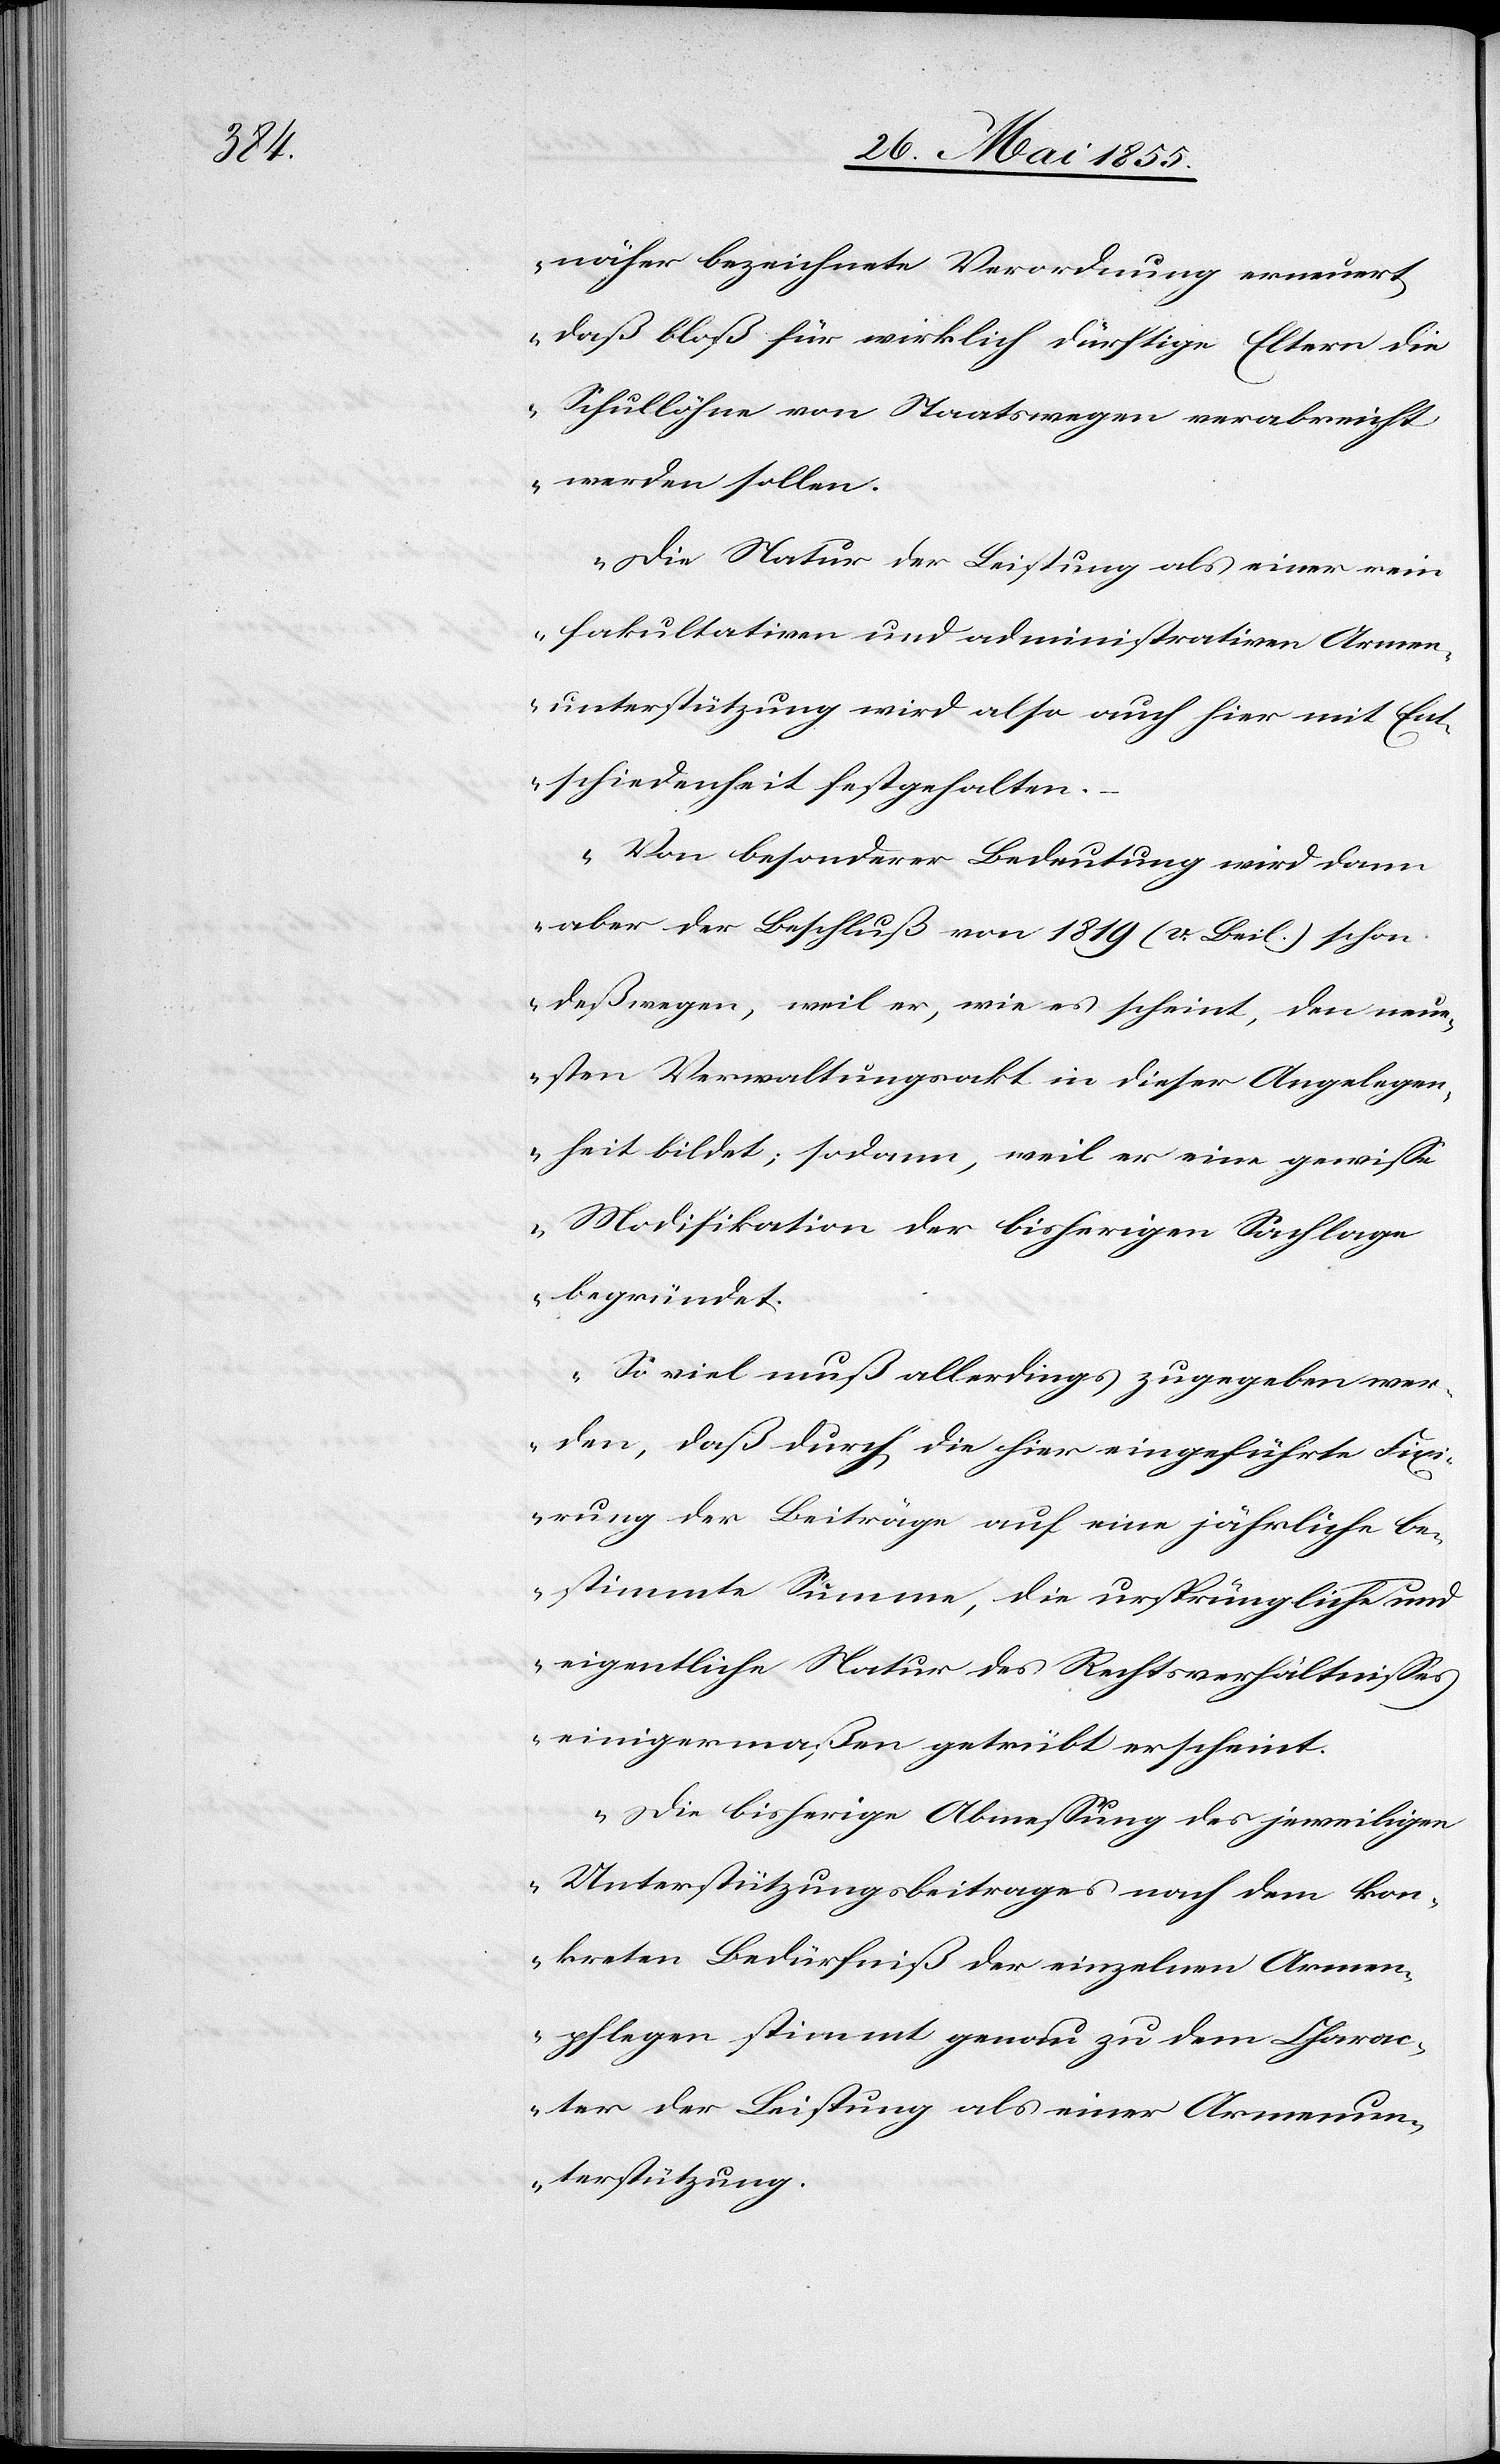
näher bezeichnete Verordnung erneuert,
daß bloß für wirklich dürftige Eltern die
Schullöhne von Staatswegen verabreicht
werden sollen.
Die Natur der Leistung als einer rein
fakultativen und administrativen Armen¬
unterstützung wird also auch hier mit Ent¬
schiedenheit festgehalten.
–
Von besonderer Bedeutung wird dann
aber der Beschluß von 1819 (v. Beil.) schon
deßwegen, weil er, wie es scheint, den neue¬
sten Verwaltungsakt in dieser Angelegen¬
heit bildet; sodann, weil er eine gewisse
Modifikation der bisherigen Sachlage
begründet.
So viel muß allerdings zugegeben wer¬
den, daß durch die hier eingeführte Fix¬
irung der Beiträge auf eine jährliche be¬
stimmte Summe, die ursprüngliche und
eigentliche Natur des Rechtsverhältnisses
einigermaßen getrübt erscheint.
Die bisherige Abmessung des jeweiligen
Unterstützungsbeitrages nach dem kon¬
kreten Bedürfniß der einzelnen Armen¬
pflegen stimmt genau zu dem Charac¬
ter der Leistung als einer Armenun¬
terstützung.